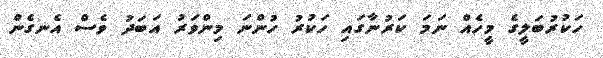
ހަކުރުބަލީގެ މީހެއް ނަމަ ކަރުނާގައި ހަކުރު ހުންނަ މިންވަރު އަބަދު ވެސް އެނގެން